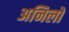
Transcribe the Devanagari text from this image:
अनिलो